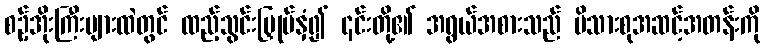
စဥ့်အိုးကြီးများထဲတွင် ထည့်သွင်းမြှုပ်နှံ၍ ၎င်းတို့၏ အရွယ်အစားသည် မိသားစုအဆင့်အတန်းကို